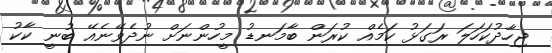
ޖިހާދުކަހަލަ ރަގަޅު ކަމެއް ކުރަން ބާމަނޑު މީހުންނަށް ނުދެވޭނެއޭ ބުނީ ކާކު